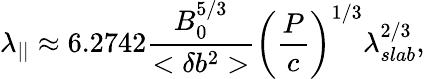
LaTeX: \lambda_{||}\approx 6.2742\frac{B_{0}^{5/3}}{<\delta b^{2}>}\left(\frac{P}{c}\right)^{1/3}\lambda_{slab}^{2/3},